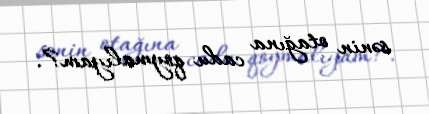
sənin otağına cadu qoymalıyam?.